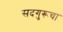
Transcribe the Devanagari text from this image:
सदगुरूचा